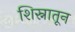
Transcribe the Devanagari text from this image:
शिस्नातून